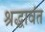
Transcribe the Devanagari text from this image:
श्रद्धावंत